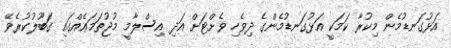
އަޅުގަނޑުމެން މިކުރާ ކަމަކީ އަޅުގަނޑުމެންގެ ދިވެހި ވެށްޓަށް އަދި އިސްލާމީ މުޖުތަމަޢެއްގައި ގަބޫލުކުރެވޭ